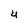
Character: 4